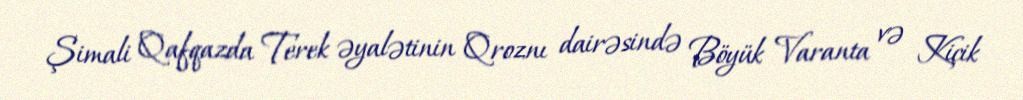
Şimali Qafqazda Terek əyalətinin Qroznı dairəsində Böyük Varanta və Kiçik